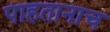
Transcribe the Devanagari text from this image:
पाहतानाच